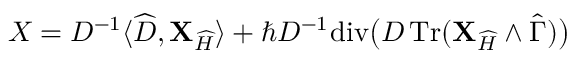
{ \boldsymbol { \cal X } } = D ^ { - 1 } \langle \widehat { \cal D } , { \mathbf { X } } _ { \widehat { H } } \rangle + \hbar D ^ { - 1 \! } \operatorname { d i v } \! \big ( D \operatorname { T r } ( { \mathbf { X } } _ { \widehat { H } } \wedge \widehat { \boldsymbol \Gamma } ) \big )